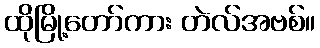
ထိုမြို့တော်ကား တဲလ်အဗစ်။